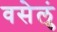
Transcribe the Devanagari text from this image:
वसेलुं